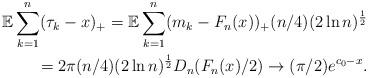
LaTeX: \begin{align*}\mathbb{E}\sum_{k=1}^n(\tau_k-x)_+=\mathbb{E}\sum_{k=1}^n(m_k-F_n(x))_+(n/4)(2\ln n)^{\frac{1}{2}}\\=2\pi(n/4)(2\ln n)^{\frac{1}{2}} D_n(F_n(x)/2)\to(\pi/2)e^{c_0-x}.\end{align*}